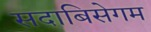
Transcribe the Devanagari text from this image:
सदाबिसेगम